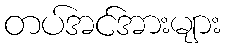
တပ်အင်အားများ